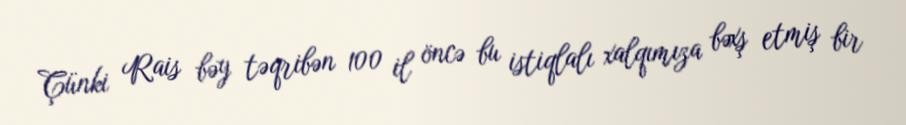
Çünki Rais bəy təqribən 100 il öncə bu istiqlalı xalqımıza bəxş etmiş bir